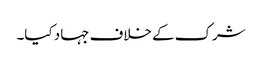
شرک کے خلاف جہاد کیا۔